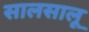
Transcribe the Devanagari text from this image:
सालसालू